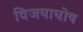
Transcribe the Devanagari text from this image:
विजयाघोष